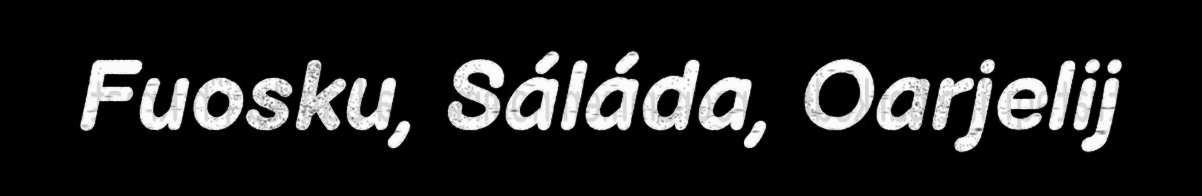
Fuosku, Sáláda, Oarjelij